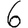
Digit: 6